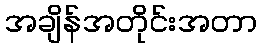
အချိန်အတိုင်းအတာ